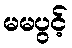
မမပွင့်